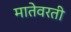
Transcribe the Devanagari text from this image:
मातेवरती